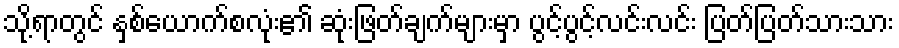
သို့ရာတွင် နှစ်ယောက်စလုံး၏ ဆုံးဖြတ်ချက်များမှာ ပွင့်ပွင့်လင်းလင်း ပြတ်ပြတ်သားသား